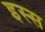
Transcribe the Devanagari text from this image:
इस्स